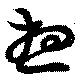
想